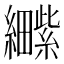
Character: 𫄕